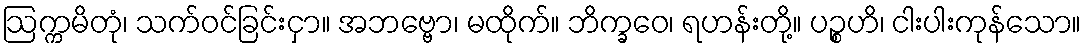
ဩက္ကမိတုံ၊ သက်ဝင်ခြင်းငှာ။ အဘဗ္ဗော၊ မထိုက်။ ဘိက္ခဝေ၊ ရဟန်းတို့။ ပဉ္စဟိ၊ ငါးပါးကုန်သော။